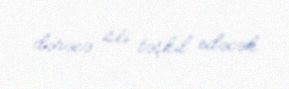
dərəcə isti təşkil edəcək.